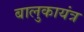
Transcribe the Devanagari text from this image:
बालुकायंत्र